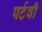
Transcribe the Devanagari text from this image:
पर्टवी